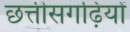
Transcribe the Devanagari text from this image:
छत्तीसगढ़ियों